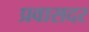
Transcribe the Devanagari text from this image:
प्रवासदर